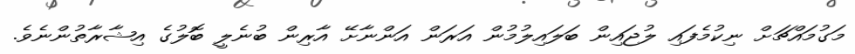
މަގުމައްޗަށް ނިކުމެފައި ލުޖައިން ބަލައިލުމުން އަރަން އަންނާށޭ އާރިން ބުނެލީ ބޮލުގެ އިޝާރާތުންނެވެ.